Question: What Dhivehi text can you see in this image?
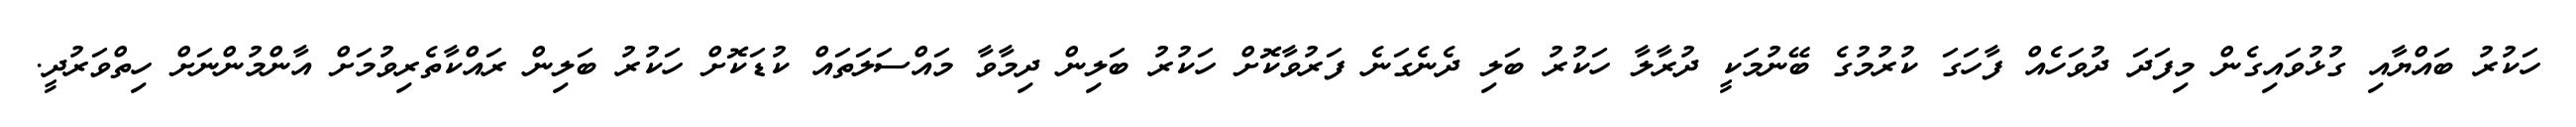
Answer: ހަކުރު ބައްޔާއި ގުޅުވައިގެން މިފަދަ ދުވަހެއް ފާހަގަ ކުރުމުގެ ބޭނުމަކީ ދުރާލާ ހަކުރު ބަލި ދެނެގަނެ ފަރުވާކޮށް ހަކުރު ބަލިން ދިމާވާ މައްސަލަތައް ކުޑަކޮށް ހަކުރު ބަލިން ރައްކާތެރިވުމަށް އާންމުންނަށް ހިތްވަރުދީ.